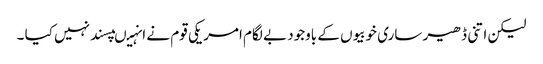
لیکن اتنی ڈھیر ساری خوبیوں کے باوجود بے لگام امریکی قوم نے انہیںپسند نہیں کیا ۔